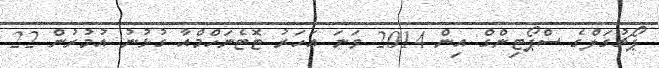
ޕޯޗުގަލްގެ ސްޕޯޓިންގް އިން 2014 ވަނަ އަހަރު ޓޮޓެނަހްމްއާ ގުޅުނު އުމުރުން 22